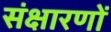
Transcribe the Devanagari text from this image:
संक्षारणों